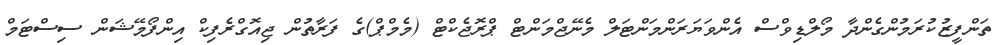
ތަންފީޒުކުރަމުންގެންދާ މޯލްޑިވްސް އެންވަޔަރަންމަންޓަލް މެނޭޖްމަންޓް ޕްރޮޖެކްޓް (މެމްޕް)ގެ ފަރާތުން ޖިއޮގްރެފިކް އިންފޯމޭޝަން ސިސްޓަމް